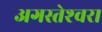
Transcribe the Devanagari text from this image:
अगस्‍तेश्‍वरा